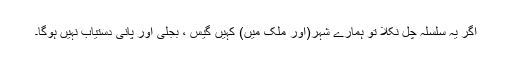
اگر یہ سلسلہ چل نکلا تو ہمارے شہر(اور ملک میں) کہیں گیس ، بجلی اور پانی دستیاب نہیں ہوگا۔